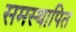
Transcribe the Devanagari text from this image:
समस्थापित